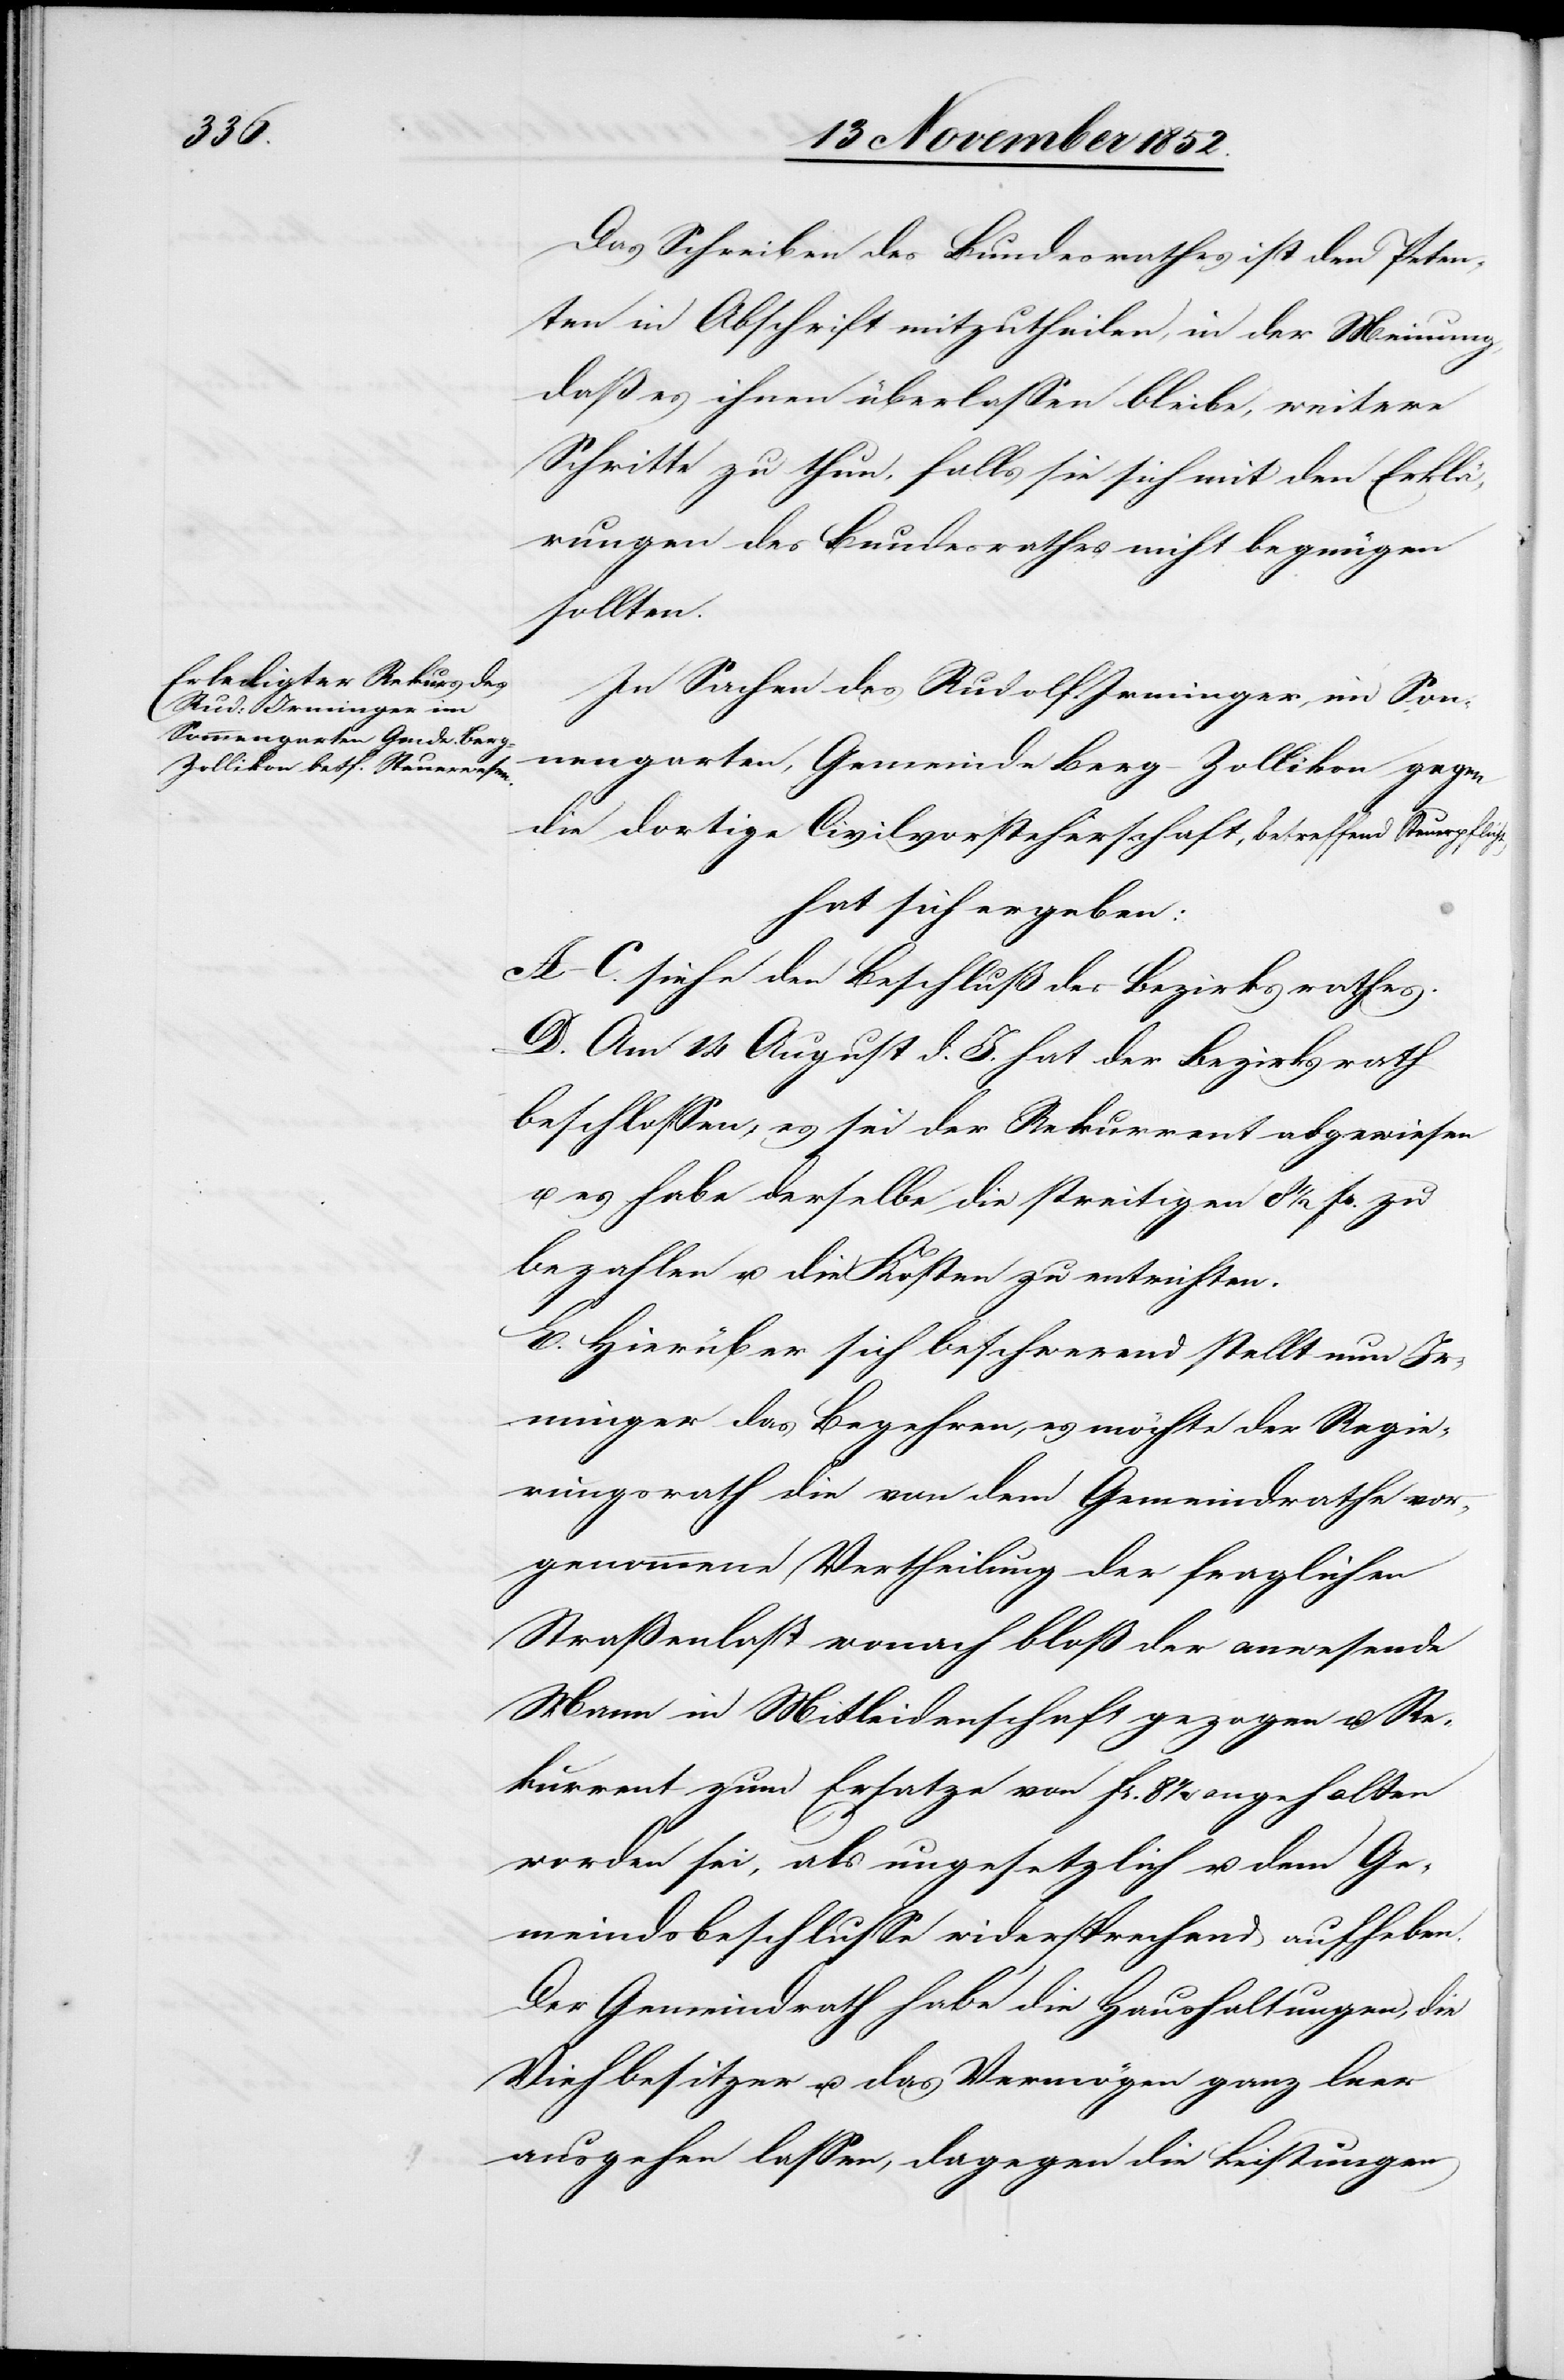
Das Schreiben des Bundesrathes ist den Peten¬
ten in Abschrift mitzutheilen, in der Meinung,
daß es ihnen überlassen bleibe, weitere
Schritte zu thun, falls sie sich mit den Erklä¬
rungen des Bundesrathes nicht begnügen
sollten.
In Sachen des Rudolf Irminger, im Son¬
nengarten, Gemeinde Berg-Zollikon gegen
die dortige Civilvorsteherschaft, betreffend Steuerpflicht
hat sich ergeben:
A–C. siehe den Beschluß des Bezirksrathes.
D. Am 14 August d. J. hat der Bezirksrath
beschlossen, es sei der Rekurrent abgewiesen
u. es habe derselbe die streitigen 8 1/2 Fr. zu
bezahlen u. die Kosten zu entrichten.
E. Hierüber sich beschwerend stellt nun Ir¬
minger das Begehren, es möchte der Regie¬
rungsrath die von dem Gemeindrathe vor¬
genommene Vertheilung der fraglichen
Straßenlast wonach bloß der anwesende
Mann in Mitleidenschaft gezogen u. Re¬
kurrent zum Ersatze von Fr. 8 1/2 angehalten
worden sei, als ungesetzlich u. dem Ge¬
meindsbeschlusse widersprechend aufheben.
Der Gemeindrath habe die Haushaltungen, die
Viehbesitzer u. das Vermögen ganz leer
ausgehen lassen, dagegen die Leistungen